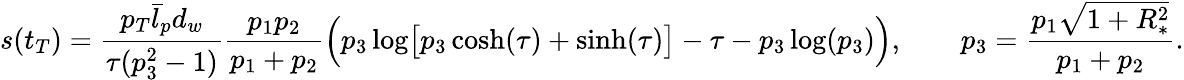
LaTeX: s(t_{T})=\frac{p_{T}\bar{l}_{p}d_{w}}{\tau(p_{3}^{2}-1)}\frac{p_{1}p_{2}}{p_{1}+p_{2}}\Bigl(p_{3}\log\bigl[p_{3}\cosh(\tau)+\sinh(\tau)\bigr]-\tau-p_{3}\log(p_{3})\Bigr),\qquad p_{3}=\frac{p_{1}\sqrt{1+R_{*}^{2}}}{p_{1}+p_{2}}.